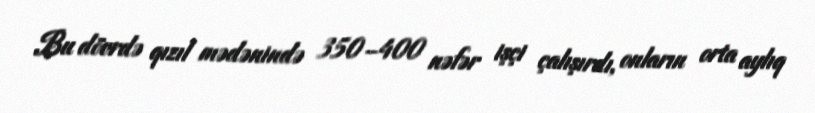
Bu dövrdə qızıl mədənində 350–400 nəfər işçi çalışırdı, onların orta aylıq